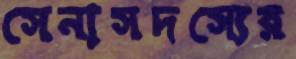
সেনাসদস্যের